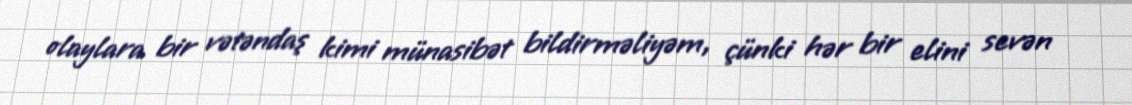
olaylara bir vətəndaş kimi münasibət bildirməliyəm, çünki hər bir elini sevən